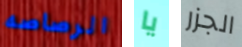
الرصاصه يا الجزر